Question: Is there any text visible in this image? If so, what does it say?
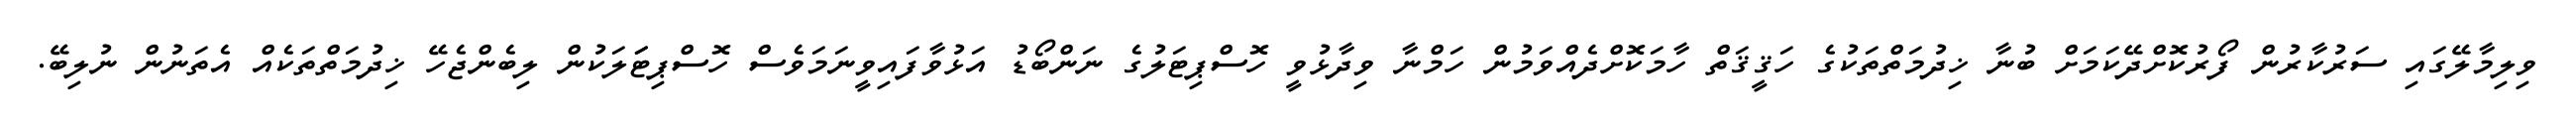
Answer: ވިލިމާލޭގައި ސަރުކާރުން ފޯރުކޮށްދޭކަމަށް ބުނާ ޚިދުމަތްތަކުގެ ހަޤީޤަތް ހާމަކޮށްދެއްވަމުން ހަމްނާ ވިދާޅުވީ ހޮސްޕިޓަލުގެ ނަންބޯޑު އަޅުވާފައިވީނަމަވެސް ހޮސްޕިޓަަލަކުން ލިބެންޖެހޭ ޚިދުމަތްތަކެއް އެތަނުން ނުލިބޭ.